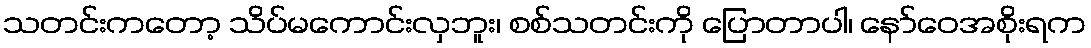
သတင်းကတော့ သိပ်မကောင်းလှဘူး၊ စစ်သတင်းကို ပြောတာပါ၊ နော်ဝေအစိုးရက